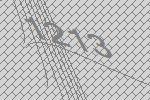
1213